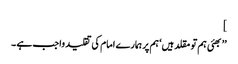
]
’’بھئی ہم تو مقلد ہیں‘ ہم پر ہمارے امام کی تقلید واجب ہے ۔